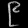
Digit: ၉